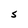
Character: S